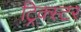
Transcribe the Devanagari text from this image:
ट्रिक्स्टर